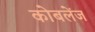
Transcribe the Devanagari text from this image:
कोबलेंज